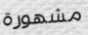
مشهورة